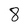
Character: 8